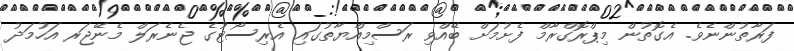
ފަރާތުންނެވެ. އެގޮތުން މިޕްރޮގްރާމް ފެށުމަށް ބޭއްވި ރަސްމިއްޔާތުގައި އެރިސޯޓުގެ ޖެނެރަލް މެނޭޖަރ އަހުމަދު